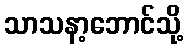
သာသနာ့ဘောင်သို့